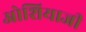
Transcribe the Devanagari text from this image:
ओशियाजी